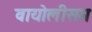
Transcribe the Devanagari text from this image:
वायोलीसम